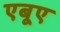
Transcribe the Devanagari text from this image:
एबूए